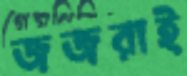
জজরাই